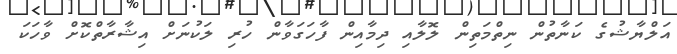
އަލްޔާޝުގެ ކަނާތުން ނިތްމަތިން ލޮލާއި ދިމާއިން ފާހަގަވާން ހުރި ލަކުނަށް އިޝާރާތްކޮށް ވާހަކަ